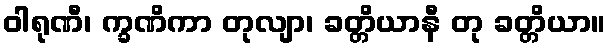
ဝါရုဏီ၊ က္ခဏိကာ တုလျာ၊ ခတ္တိယာနီ တု ခတ္တိယာ။